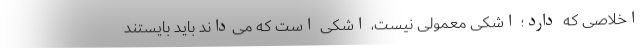
اخلاصی که دارد؛ اشکی معمولی نیست، اشکی است که می‌داند باید بایستند